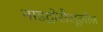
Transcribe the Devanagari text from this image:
नाइट्रोसैलूलोज़